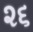
૨૬